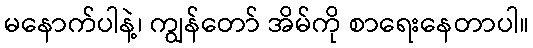
မနောက်ပါနဲ့၊ ကျွန်တော် အိမ်ကို စာရေးနေတာပါ။